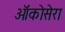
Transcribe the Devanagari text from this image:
ऑंकोसेरा